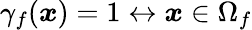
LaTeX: \gamma_{f}(\boldsymbol{x})=1\leftrightarrow\boldsymbol{x}\in\Omega_{f}